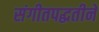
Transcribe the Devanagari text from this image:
संगीतपद्धतीने